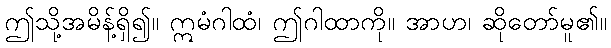
ဤသို့အမိန့်ရှိ၍။ ဣမံဂါထံ၊ ဤဂါထာကို။ အာဟ၊ ဆိုတော်မူ၏။